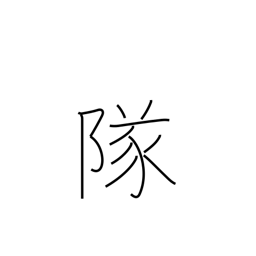
Meaning: company